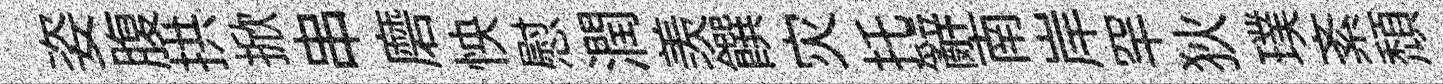
姿腹拱掀串磨怏慰潤羡饌灾托辭南岸罕狄璞紊頹